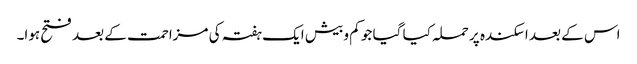
اس کے بعد اسکندہ پر حملہ کیا گیا جو کم و بیش ایک ہفتہ کی مزاحمت کے بعد فتح ہوا۔